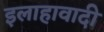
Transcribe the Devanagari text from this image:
इलाहावादी